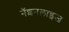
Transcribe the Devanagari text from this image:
नॅशनलाइज